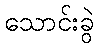
သောင်းခွဲ